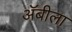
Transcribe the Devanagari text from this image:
अॅबीला